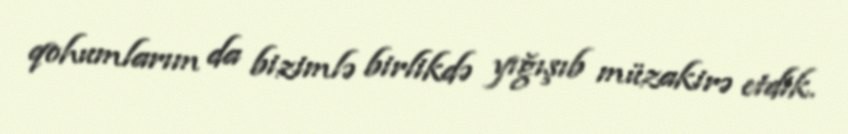
qohumlarım da bizimlə birlikdə yığışıb müzakirə etdik.